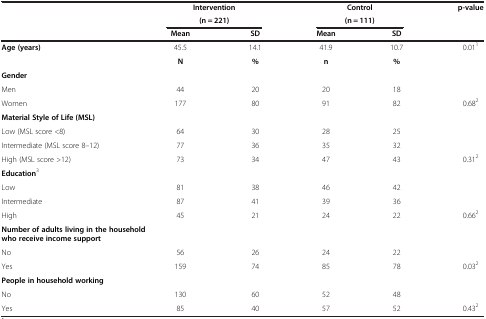
<table><thead><tr><td rowspan="3"><b> </b></td><td colspan="2"><b>Intervention</b></td><td colspan="2"><b>Control</b></td><td rowspan="3"><b>p-value</b></td></tr><tr><td colspan="2"><b>(n = 221)</b></td><td colspan="2"><b>(n = 111)</b></td></tr><tr><td><b>Mean</b></td><td><b>SD</b></td><td><b>Mean</b></td><td><b>SD</b></td></tr></thead><tbody><tr><td><b>Age (years)</b></td><td>45.5</td><td>14.1</td><td>41.9</td><td>10.7</td><td>0.01<sup>1</sup></td></tr><tr><td> </td><td><b>N</b></td><td><b>%</b></td><td><b>n</b></td><td><b>%</b></td><td> </td></tr><tr><td><b>Gender</b></td><td> </td><td> </td><td> </td><td> </td><td> </td></tr><tr><td>Men</td><td>44</td><td>20</td><td>20</td><td>18</td><td> </td></tr><tr><td>Women</td><td>177</td><td>80</td><td>91</td><td>82</td><td>0.68<sup>2</sup></td></tr><tr><td><b>Material Style of Life (MSL)</b></td><td> </td><td> </td><td> </td><td> </td><td> </td></tr><tr><td>Low (MSL score &lt;8)</td><td>64</td><td>30</td><td>28</td><td>25</td><td> </td></tr><tr><td>Intermediate (MSL score 8–12)</td><td>77</td><td>36</td><td>35</td><td>32</td><td> </td></tr><tr><td>High (MSL score &gt;12)</td><td>73</td><td>34</td><td>47</td><td>43</td><td>0.31<sup>2</sup></td></tr><tr><td><b>Education</b><sup>3</sup></td><td> </td><td> </td><td> </td><td> </td><td> </td></tr><tr><td>Low</td><td>81</td><td>38</td><td>46</td><td>42</td><td> </td></tr><tr><td>Intermediate</td><td>87</td><td>41</td><td>39</td><td>36</td><td> </td></tr><tr><td>High</td><td>45</td><td>21</td><td>24</td><td>22</td><td>0.66<sup>2</sup></td></tr><tr><td colspan="2"><b>Number of adults living in the household who receive income support</b></td><td> </td><td> </td><td> </td><td> </td></tr><tr><td>No</td><td>56</td><td>26</td><td>24</td><td>22</td><td> </td></tr><tr><td>Yes</td><td>159</td><td>74</td><td>85</td><td>78</td><td>0.03<sup>2</sup></td></tr><tr><td><b>People in household working</b></td><td> </td><td> </td><td> </td><td> </td><td> </td></tr><tr><td>No</td><td>130</td><td>60</td><td>52</td><td>48</td><td> </td></tr><tr><td>Yes</td><td>85</td><td>40</td><td>57</td><td>52</td><td>0.43<sup>2</sup></td></tr></tbody></table>